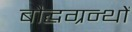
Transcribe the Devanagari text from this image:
बौद्धग्रन्थों